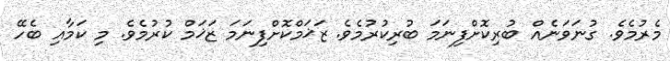
މެރުމެވެ. ގުނަވަނެއް ބުރިކޮށްފިނަމަ ބުރިކުރުމެވެ. ޒަޚަމްކޮށްފިނަމަ ޒަޚަމް ކުރުމެވެ. މި ކަމާއި ބެހޭ